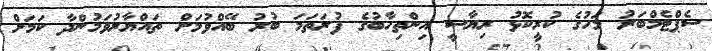
ސެޕްޓެމްބަރު މަހުގެ ކުރީކޮޅު ރިޔާސީ އިންތިހާބުގެ ފުރަތަމަ ބުރު ބޭއްވުމަށް ތައްޔާރުވަމުންދާ ކަމަށް